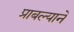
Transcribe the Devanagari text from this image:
प्राबल्याने